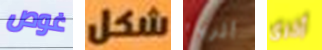
غوص شكل أثرياء أخرى